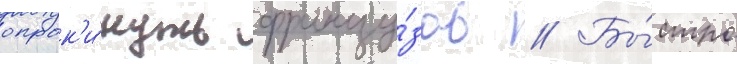
опрок'и́нуть францу́зов // Бы́стро